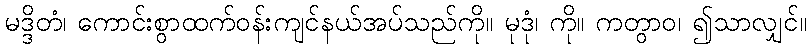
မဒ္ဒိတံ၊ ကောင်းစွာထက်ဝန်းကျင်နယ်အပ်သည်ကို။ မုဒုံ၊ ကို။ ကတွာဝ၊ ၍သာလျှင်။